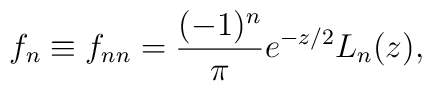
f_n\equiv f_{nn} =\frac{(-1)^n}{\pi}e^{-z/2}L_n(z),